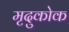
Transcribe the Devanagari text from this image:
मृदुकोक